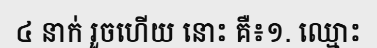
៤ នាក់ រួចហើយ នោះ គឺ៖១. ឈ្មោះ